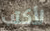
لأكتب